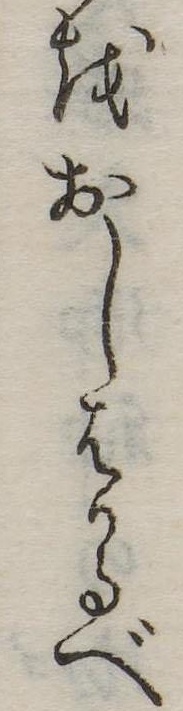
をおしはかるべ